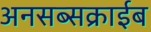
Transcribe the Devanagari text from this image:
अनसब्सक्राईब